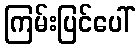
ကြမ်းပြင်ပေါ်